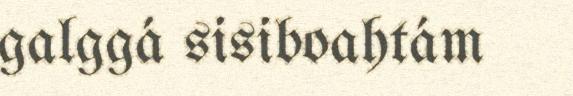
galggá sisiboahtám